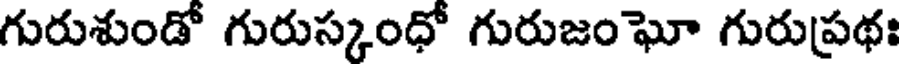
గురుశుండో గురుస్కంధో గురుజంఘో గురుప్రథః